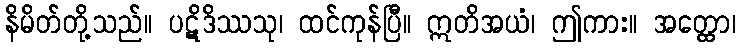
နိမိတ်တို့သည်။ ပဋိဒိဿသု၊ ထင်ကုန်ပြီ။ ဣတိအယံ၊ ဤကား။ အတ္ထော၊